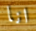
انا